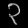
Digit: ၃